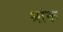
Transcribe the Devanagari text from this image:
श्रांक